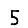
Digit: 5